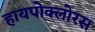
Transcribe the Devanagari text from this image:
हायपोक्लोरस